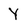
Character: Y